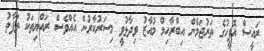
ރައީސް އޮފީހުގެ ތަރުޖަމާން އިބްރާހިމް މުއާޒު ވިދާޅުވީ މިސަރުކާރުން އެއްވެސް ރައްޔިތަކު ތަފާތު